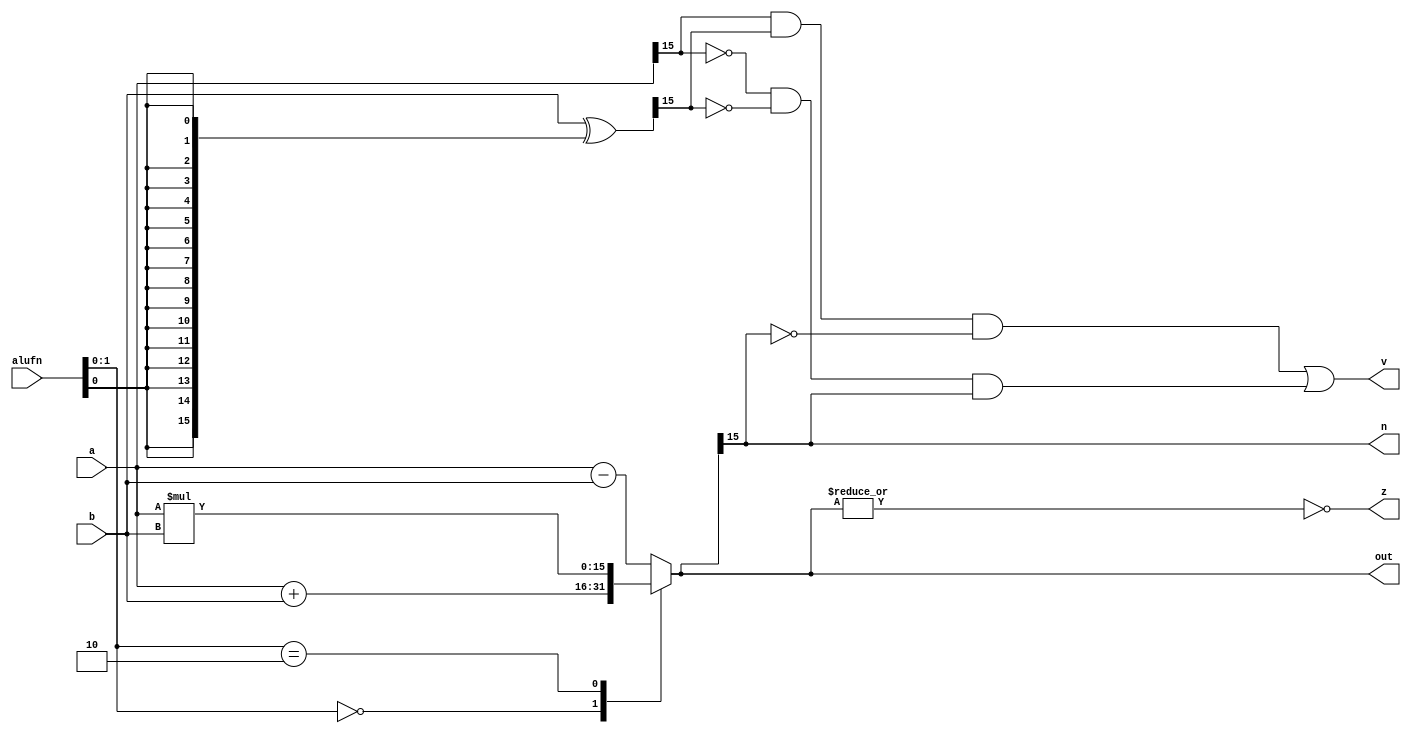
module adder16_8 (
    input [5:0] alufn,
    input [15:0] a,
    input [15:0] b,
    output reg [15:0] out,
    output reg z,
    output reg n,
    output reg v
  );
  
  
  
  reg [15:0] sum;
  
  reg [15:0] xb;
  
  always @* begin
    xb = b ^ {5'h10{alufn[0+0-:1]}};
    
    case (alufn[0+1-:2])
      2'h0: begin
        sum = a + b;
      end
      2'h1: begin
        sum = a - b;
      end
      2'h2: begin
        sum = a * b;
      end
      default: begin
        sum = a - b;
      end
    endcase
    v = (a[15+0-:1] & xb[15+0-:1] & ~sum[15+0-:1]) | (~a[15+0-:1] & ~xb[15+0-:1] & sum[15+0-:1]);
    n = sum[15+0-:1];
    z = (~|sum);
    out = sum;
  end
endmodule